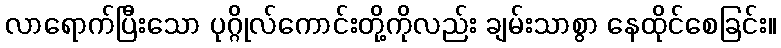
လာရောက်ပြီးသော ပုဂ္ဂိုလ်ကောင်းတို့ကိုလည်း ချမ်းသာစွာ နေထိုင်စေခြင်း။